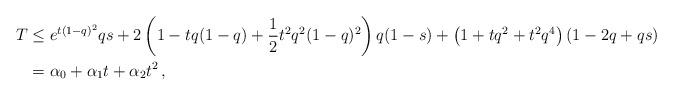
LaTeX: \begin{align*} T & \le e^{t(1-q)^2} qs + 2 \left(1- tq(1-q) + \frac{1}{2} t^2 q^2(1-q)^2 \right) q(1-s) + \left(1+ tq^2 + t^2 q^4\right) (1-2q+qs) \\ & = \alpha_0 + \alpha_1 t + \alpha_2 t^2 \, , \end{align*}